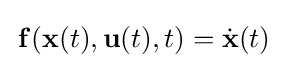
\,\mathbf {f} (\mathbf {x} (t),\mathbf {u} (t),t)={\dot {\mathbf {x} }}(t)